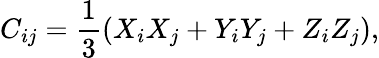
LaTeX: C_{ij}=\frac{1}{3}(X_{i}X_{j}+Y_{i}Y_{j}+Z_{i}Z_{j}),